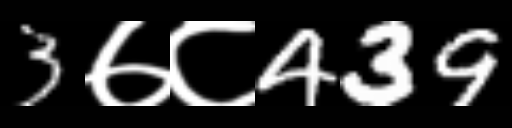
Text: 3७८439